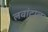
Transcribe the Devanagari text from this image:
लवांटाल